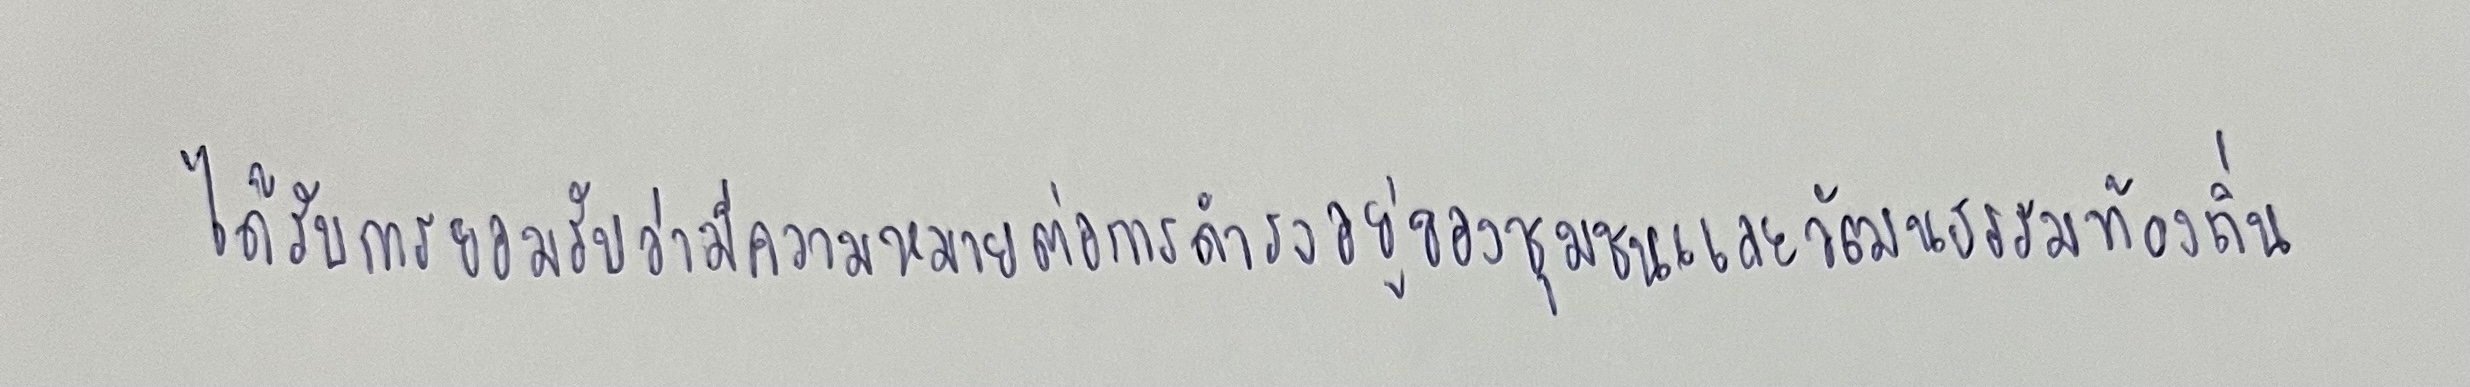
ได้รับการยอมรับว่ามีความหมายต่อการดำรงอยู่ของชุมชนและวัฒนธรรมท้องถิ่น